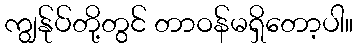
ကျွန်ုပ်တို့တွင် တာဝန်မရှိတော့ပါ။